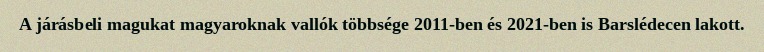
A járásbeli magukat magyaroknak vallók többsége 2011-ben és 2021-ben is Barslédecen lakott.